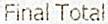
FINAL TOTAL